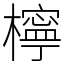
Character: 檸